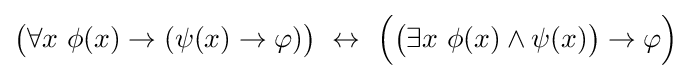
{\big (}\forall x\ \phi (x)\to (\psi (x)\to \varphi ){\big )}\,\,\leftrightarrow \,\,{\Big (}{\big (}\exists x\ \phi (x)\land \psi (x){\big )}\to \varphi {\Big )}